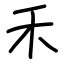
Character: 禾